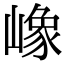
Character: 嶑